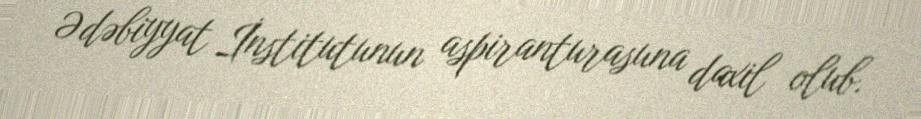
Ədəbiyyat İnstitutunun aspiranturasuna daxil olub.